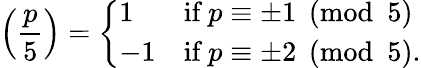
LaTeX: \left({\frac{p}{5}}\right)={\left\{ \begin{array}{ll}{1}&{{\textrm{if}}\; p\equiv\pm 1{\pmod{5}}}\\ {-1}&{{\textrm{if}}\; p\equiv\pm 2{\pmod{5}}.}\end{array}\right.}